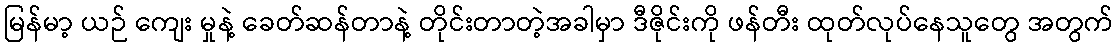
မြန်မာ့ ယဉ် ကျေး မှုနဲ့ ခေတ်ဆန်တာနဲ့ တိုင်းတာတဲ့အခါမှာ ဒီဇိုင်းကို ဖန်တီး ထုတ်လုပ်နေသူတွေ အတွက်